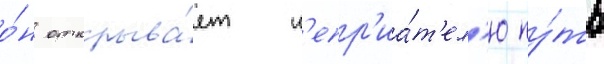
о́н открыва́ет н'епр'иа́т'ел'ю пу́ть